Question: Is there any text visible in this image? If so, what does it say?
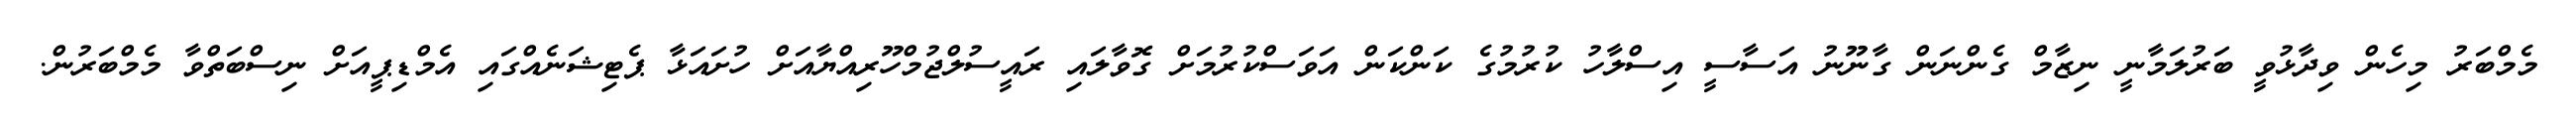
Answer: މެމްބަރު މިހެން ވިދާޅުވީ ބަރުލަމާނީ ނިޒާމް ގެންނަން ގާނޫނު އަސާސީ އިސްލާހު ކުރުމުގެ ކަންކަން އަވަސްކުރުމަށް ގޮވާލައި ރައީސުލްޖުމްހޫރިއްޔާއަށް ހުށައަޅާ ޕެޓިޝަނެއްގައި އެމްޑިޕީއަށް ނިސްބަތްވާ މެމްބަރުން.